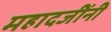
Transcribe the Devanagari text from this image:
महादजींनी